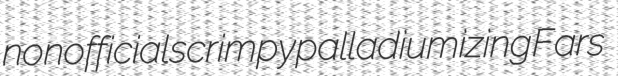
nonofficial scrimpy palladiumizing Fars